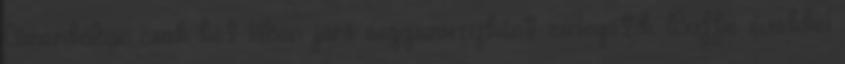
Amerikában csak két lábon járó seggszörnyként emlegetik. Buffie évekkel